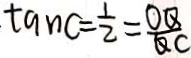
\tan C = \frac { 1 } { 2 } = \frac { O Q } { Q C }